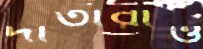
দাতারাও